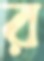
র